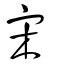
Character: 宋